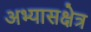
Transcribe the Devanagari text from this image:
अभ्यासक्षेत्र